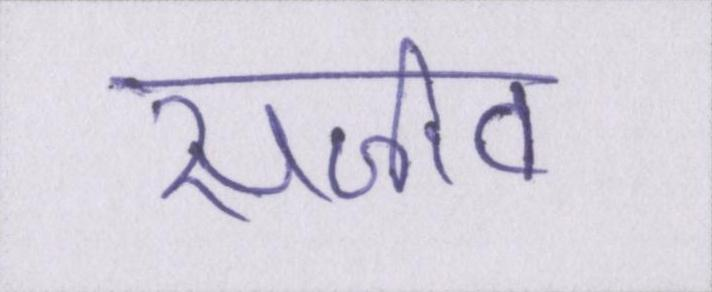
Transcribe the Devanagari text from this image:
सजीव